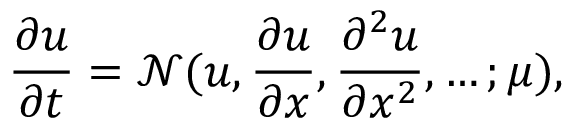
\frac { \partial u } { \partial t } = \mathcal { N } ( u , \frac { \partial u } { \partial x } , \frac { \partial ^ { 2 } u } { \partial x ^ { 2 } } , \dots ; \mu ) ,